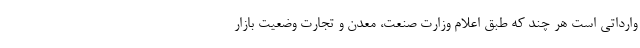
وارداتی است هر چند که طبق اعلام وزارت صنعت، معدن و تجارت وضعیت بازار